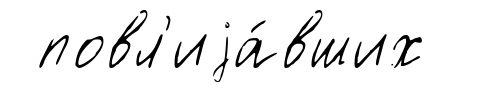
повл'иjа́вших